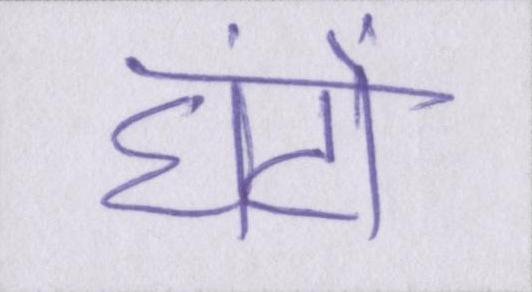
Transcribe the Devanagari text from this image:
घंटों